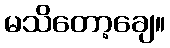
မသိတော့ချေ။